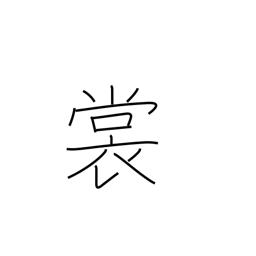
Meaning: skirt